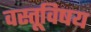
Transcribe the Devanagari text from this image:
वस्तूविषय